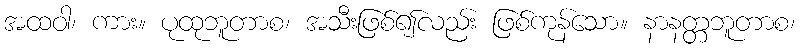
အထဝါ၊ ကား။ ပုထုဘူတာစ၊ အသီးဖြစ်၍လည်း ဖြစ်ကုန်သော။ နာနတ္တဘူတာစ၊